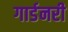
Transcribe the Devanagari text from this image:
गार्डनरी